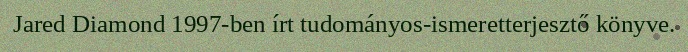
Jared Diamond 1997-ben írt tudományos-ismeretterjesztő könyve.